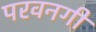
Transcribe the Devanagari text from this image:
परवनगी